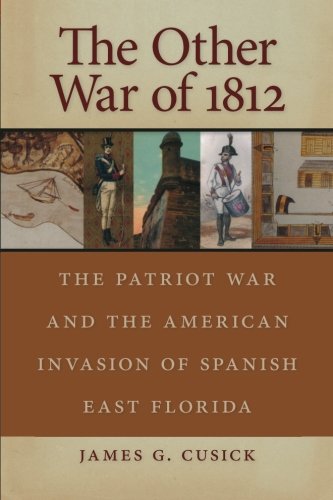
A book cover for Other War of 1812: The Patriot War and the American Invasion of Spanish East Florida; James Cusick; History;